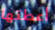
أعطتها